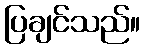
ပြချင်သည်။